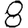
Digit: 8